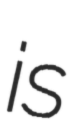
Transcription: is